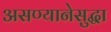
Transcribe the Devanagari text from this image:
असण्यानेसुद्धा